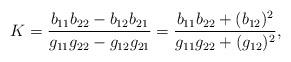
LaTeX: \begin{align*}K=\frac{b_{11}b_{22}-b_{12}b_{21}}{g_{11}g_{22}-g_{12}g_{21}}=\frac{b_{11}b_{22}+(b_{12})^2}{g_{11}g_{22}+(g_{12})^2},\end{align*}